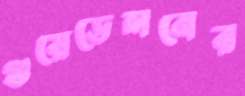
গুয়েডেলনের